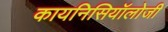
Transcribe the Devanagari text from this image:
कायनिसियॉलोजी